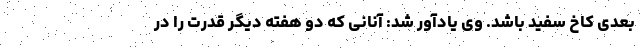
بعدی کاخ سفید باشد. وی یادآور شد: آنانی که دو هفته دیگر قدرت را در